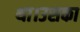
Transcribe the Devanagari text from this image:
था।उसका